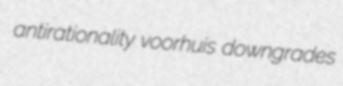
antirationality voorhuis downgrades